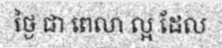
ថ្ងៃ ជា ពេលា ល្អ ដែល